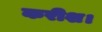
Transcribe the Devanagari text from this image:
करीश।